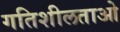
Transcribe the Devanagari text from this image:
गतिशीलताओ